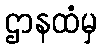
ဌာနထံမှ